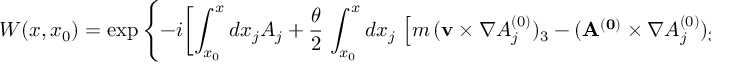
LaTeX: { \cal W } ( x , x _ { 0 } ) = \exp \left\{ - i \biggl [ \int _ { x _ { 0 } } ^ { x } d x _ { j } A _ { j } + \frac { \theta } { 2 } \, \int _ { x _ { 0 } } ^ { x } d x _ { j } \, \left[ m \, ( { \bf v } \times \nabla A _ { j } ^ { ( 0 ) } ) _ { 3 } - ( { \bf A ^ { ( 0 ) } } \times \nabla A _ { j } ^ { ( 0 ) } ) _ { 3 } \right] \biggr ] \right\} .